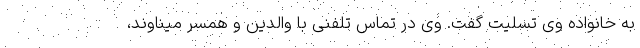
به خانواده وی تسلیت گفت. وی در تماس تلفنی با والدین و همسر میناوند،